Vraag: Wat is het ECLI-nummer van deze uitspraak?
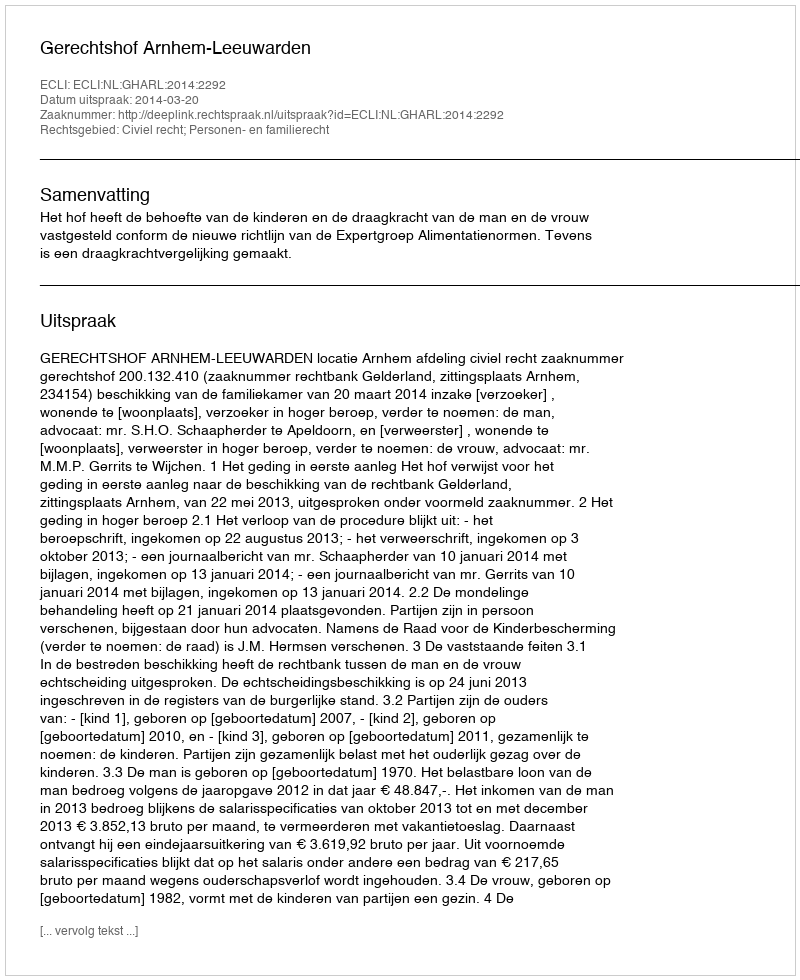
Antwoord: ECLI:NL:GHARL:2014:2292